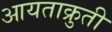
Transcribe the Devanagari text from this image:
आयताक्रुती